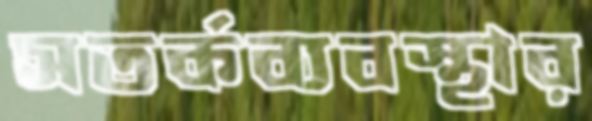
সতর্কব্যবস্থার